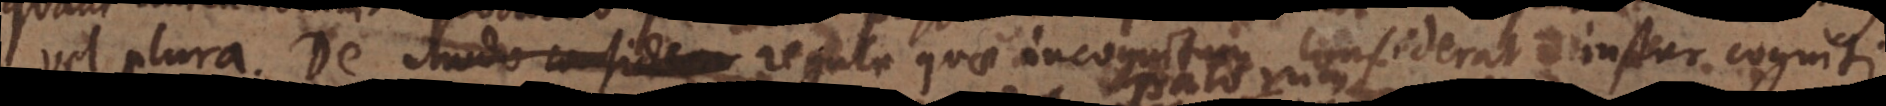
vel plura. De Modo consideran regula quae incognitum considerat instar cogniti.